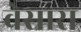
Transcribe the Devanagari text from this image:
वेसारा